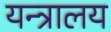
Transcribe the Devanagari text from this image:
यन्त्रालय